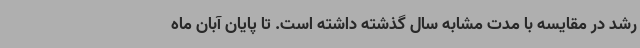
رشد در مقایسه با مدت مشابه سال گذشته داشته است. تا پایان آبان‌ ماه